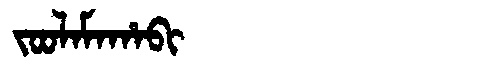
Manchu: ᠵᠣᠣᠯᠠᠮᠠᡥᠠᠪᡳ
Romanization: JOOLAMAHABI